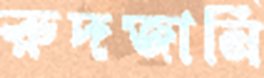
রুদজানি